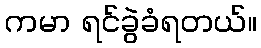
ကမာ ရင်ခွဲခံရတယ်။